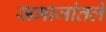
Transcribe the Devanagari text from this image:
समाजांतले